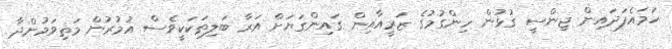
ހަމައެފަދައިން ޖިންސީ ގުޅުން ހިންގުމުގެ ޒަރީއާއިން ގައިންގަޔަށް އަރާ ބަލިތަކަކީވެސް އުމުރުން މަތިވަމުންދާ